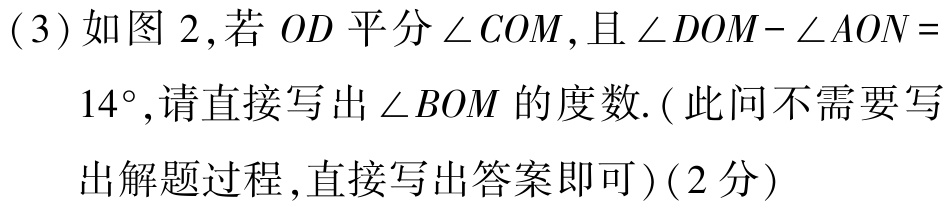
(3) 如图 2,若 \(OD\) 平分 \(\angle COM\),且 \(\angle DOM - \angle AON = 14^{\circ}\),请直接写出 \(\angle BOM\) 的度数.(此问不需要写出解题过程,直接写出答案即可)(2分)